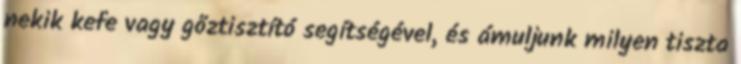
nekik kefe vagy gőztisztító segítségével, és ámuljunk milyen tiszta